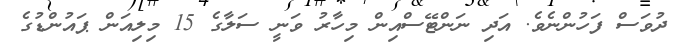
ދުވަސް ފަހުންނެވެ. އަދި ނަންޓޭސްއިން މިހާރު ވަނީ ސަލާގެ 15 މިލިއަން ޕައުންޑުގެ